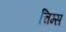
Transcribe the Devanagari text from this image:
चिम्स